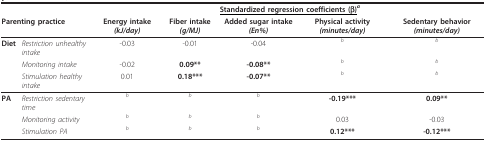
<table><thead><tr><td></td><td></td><td colspan="5"><b><underline>Standardized regression coefficients (β)</underline><sup><i>a</i></sup></b></td></tr><tr><td colspan="2"><b>Parenting practice</b></td><td><b>Energy intake <i>(kJ/day)</i></b></td><td><b>Fiber intake <i>(g/MJ)</i></b></td><td><b>Added sugar intake <i>(En%)</i></b></td><td><b>Physical activity <i>(minutes/day)</i></b></td><td><b>Sedentary behavior <i>(minutes/day)</i></b></td></tr></thead><tbody><tr><td><b>Diet</b></td><td><i>Restriction unhealthy intake</i></td><td>-0.03</td><td>-0.01</td><td>-0.04</td><td><sup><i>b</i></sup></td><td><sup><i>b</i></sup></td></tr><tr><td></td><td><i>Monitoring intake</i></td><td>-0.02</td><td><b>0.09**</b></td><td><b>-0.08**</b></td><td><sup><i>b</i></sup></td><td><sup><i>b</i></sup></td></tr><tr><td></td><td><i>Stimulation healthy intake</i></td><td>0.01</td><td><b>0.18***</b></td><td><b>-0.07**</b></td><td><sup><i>b</i></sup></td><td><sup><i>b</i></sup></td></tr><tr><td><b>PA</b></td><td><i>Restriction sedentary time</i></td><td><sup><i>b</i></sup></td><td><sup><i>b</i></sup></td><td><sup><i>b</i></sup></td><td><b>-0.19***</b></td><td><b>0.09**</b></td></tr><tr><td></td><td><i>Monitoring activity</i></td><td><sup><i>b</i></sup></td><td><sup><i>b</i></sup></td><td><sup><i>b</i></sup></td><td>0.03</td><td>-0.03</td></tr><tr><td></td><td><i>Stimulation PA</i></td><td><sup><i>b</i></sup></td><td><sup><i>b</i></sup></td><td><sup><i>b</i></sup></td><td><b>0.12***</b></td><td><b>-0.12***</b></td></tr></tbody></table>